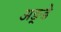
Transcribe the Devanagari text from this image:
अङ्डे